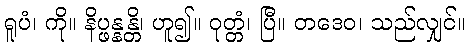
ရူပံ၊ ကို။ နိပ္ဖန္နန္တိ၊ ဟူ၍။ ဝုတ္တံ၊ ပြီ။ တဒေဝ၊ သည်လျှင်။